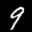
Label: 9